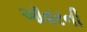
ઑવરની